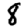
Digit: 8